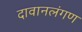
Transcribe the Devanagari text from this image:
दावानलंगण